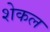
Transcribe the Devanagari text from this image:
शेकल